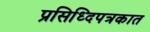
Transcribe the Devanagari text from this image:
प्रसिध्दिपत्रकात